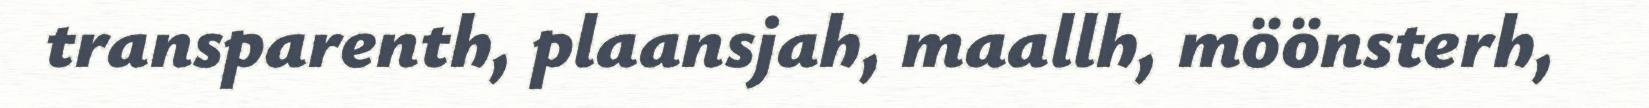
transparenth, plaansjah, maallh, möönsterh,